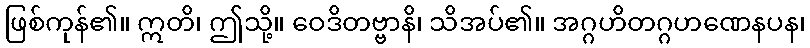
ဖြစ်ကုန်၏။ ဣတိ၊ ဤသို့။ ဝေဒိတဗ္ဗာနိ၊ သိအပ်၏။ အဂ္ဂဟိတဂ္ဂဟဏေနပန၊